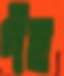
পঁহু